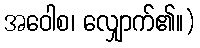
အဝေါစ၊ လျှောက်၏။)